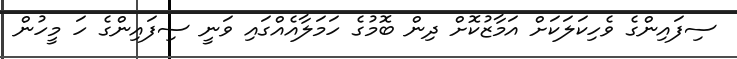
ސިފައިންގެ ވެހިކަލަކަށް އަމާޒުކޮށް ދިން ބޮމުގެ ހަމަލާއެއްގައި ވަނީ ސިފައިންގެ ހަ މީހުން